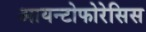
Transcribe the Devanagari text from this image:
आयन्टोफोरेसिस